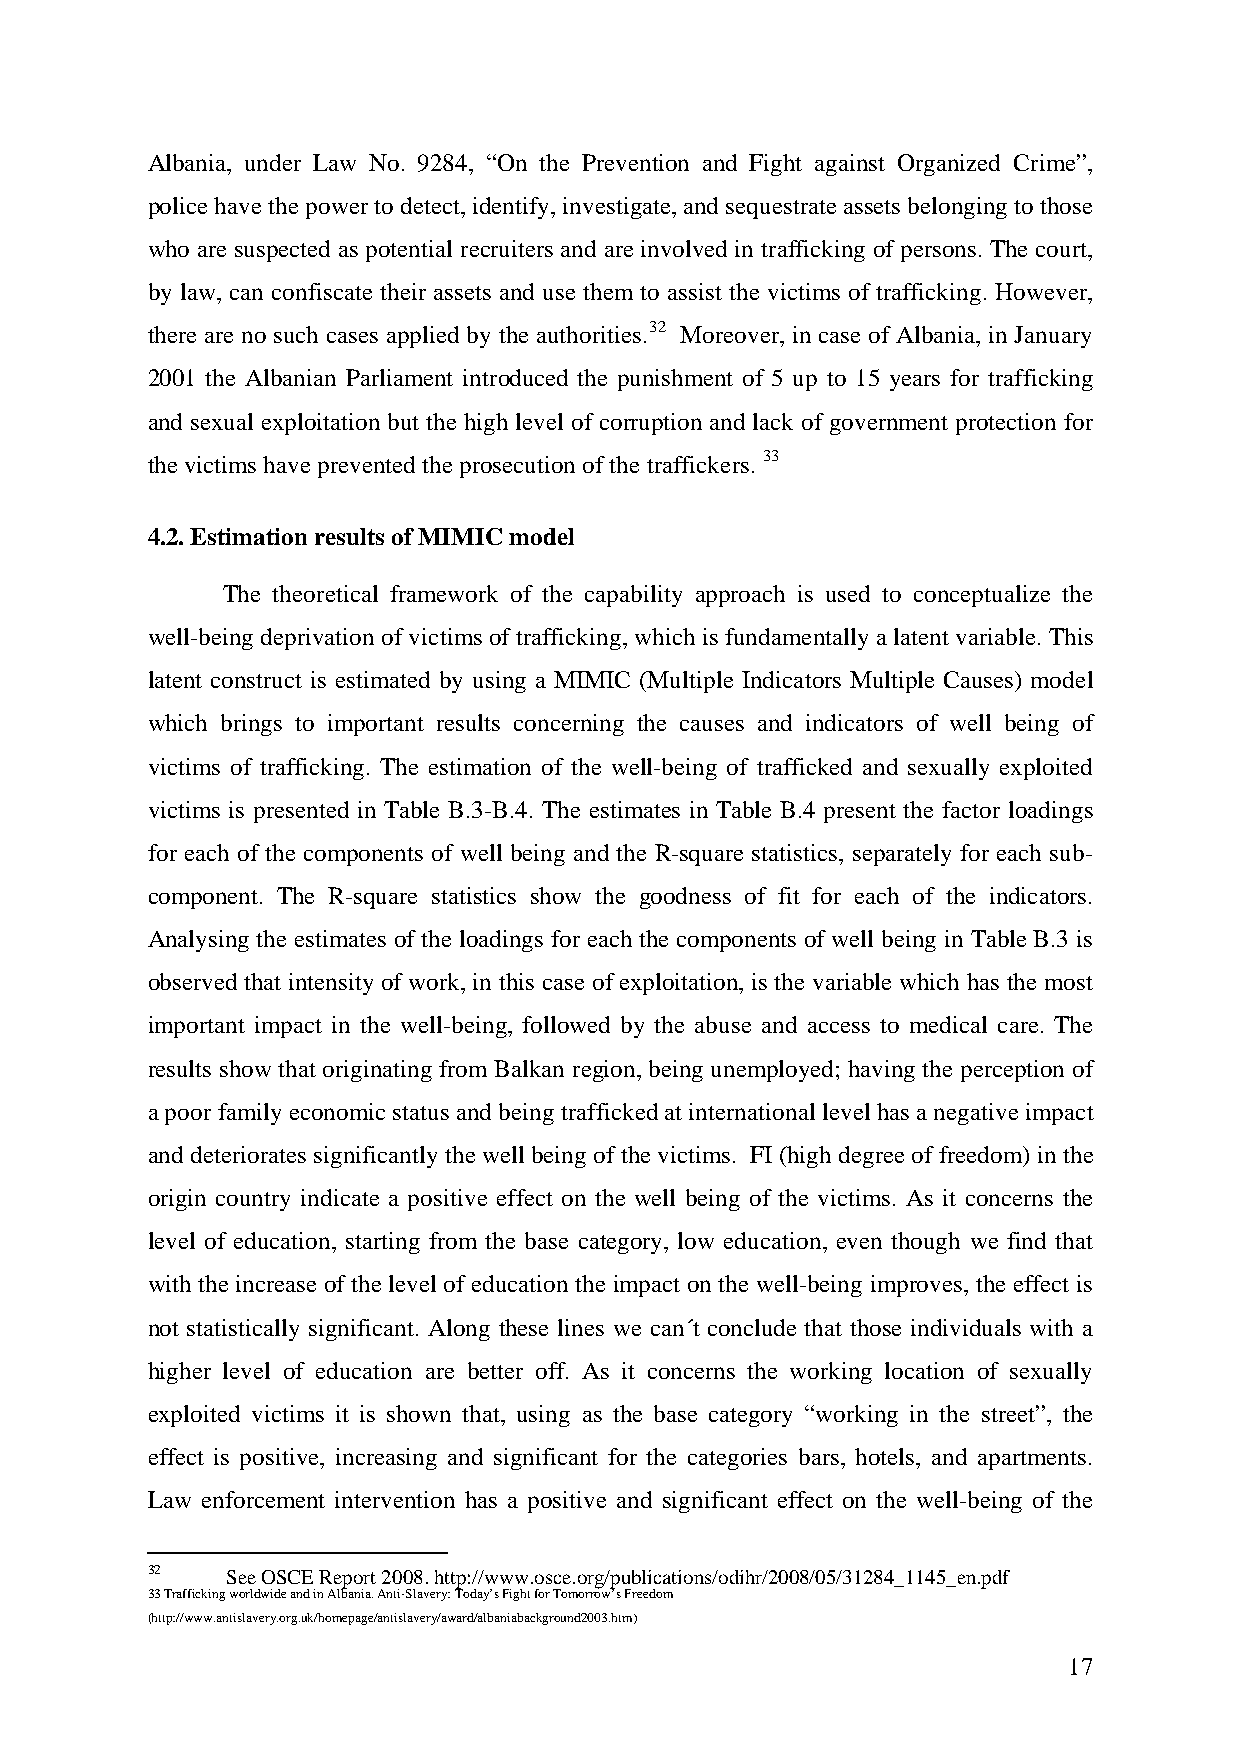
Albania, under Law No. 9284, “On the Prevention and Fight against Organized Crime”,
 police have the power to detect, identify, investigate, and sequestrate assets belonging to those
 who are suspected as potential recruiters and are involved in trafficking of persons. The court,
 by law, can confiscate their assets and use them to assist the victims of trafficking. However,
 there are no such cases applied by the authorities.32 Moreover, in case of Albania, in January
 2001 the Albanian Parliament introduced the punishment of 5 up to 15 years for trafficking
 and sexual exploitation but the high level of corruption and lack of government protection for
 the victims have prevented the prosecution of the traffickers. 33
 4.2. Estimation results of MIMIC model
 The theoretical framework of the capability approach is used to conceptualize the
 well-being deprivation of victims of trafficking, which is fundamentally a latent variable. This
 latent construct is estimated by using a MIMIC (Multiple Indicators Multiple Causes) model
 which brings to important results concerning the causes and indicators of well being of
 victims of trafficking. The estimation of the well-being of trafficked and sexually exploited
 victims is presented in Table B.3-B.4. The estimates in Table B.4 present the factor loadings
 for each of the components of well being and the R-square statistics, separately for each sub-
 component. The R-square statistics show the goodness of fit for each of the indicators.
 Analysing the estimates of the loadings for each the components of well being in Table B.3 is
 observed that intensity of work, in this case of exploitation, is the variable which has the most
 important impact in the well-being, followed by the abuse and access to medical care. The
 results show that originating from Balkan region, being unemployed; having the perception of
 a poor family economic status and being trafficked at international level has a negative impact
 and deteriorates significantly the well being of the victims. FI (high degree of freedom) in the
 origin country indicate a positive effect on the well being of the victims. As it concerns the
 level of education, starting from the base category, low education, even though we find that
 with the increase of the level of education the impact on the well-being improves, the effect is
 not statistically significant. Along these lines we can´t conclude that those individuals with a
 higher level of education are better off. As it concerns the working location of sexually
 exploited victims it is shown that, using as the base category “working in the street”, the
 effect is positive, increasing and significant for the categories bars, hotels, and apartments.
 Law enforcement intervention has a positive and significant effect on the well-being of the
 32   See OSCE Report 2008. http://www.osce.org/publications/odihr/2008/05/31284_1145_en.pdf
 33 Trafficking worldwide and in Albania. Anti-Slavery: Today’s Fight for Tomorrow’s Freedom
 (http://www.antislavery.org.uk/homepage/antislavery/award/albaniabackground2003.htm)
 17